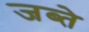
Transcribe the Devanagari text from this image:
जब्ते